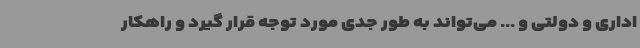
اداری و دولتی و ... می‌تواند به طور جدی مورد توجه قرار گیرد و راهکار